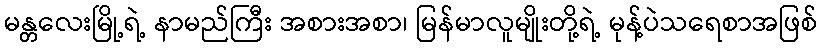
မန္တလေးမြို့ရဲ့ နာမည်ကြီး အစားအစာ၊ မြန်မာလူမျိုးတို့ရဲ့ မုန့်ပဲသရေစာအဖြစ်